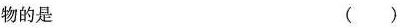
物的是 ( )